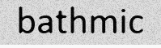
bathmic